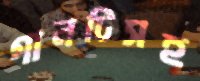
গানটিসহ